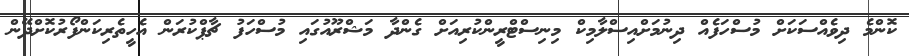
ކޮންމެ ދިވެއްސަކަށް މުސްހަފެއް ދިނުމަށްއިސްލާމިކް މިނިސްޓްރީންކުރިއަށް ގެންދާ މަޝްރޫއުގައި މުސްހަފު ޗާޕްކުރަން އެހީތެރިކަންފޯރުކޮށްދޭން